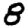
Digit: 8